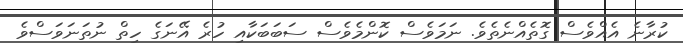
ކުރާނެ އެއްވެސް ގޮތެއްނެތެވެ. ނަމަވެސް ކޮންމެވެސް ސަބަބަކާއި ހުރެ އޭނަގެ ހިތް ނުތަނަވަސްވެ